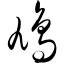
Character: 鸠